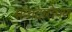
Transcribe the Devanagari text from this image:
संवादारोपण